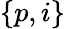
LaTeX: \{ p,i\}